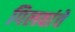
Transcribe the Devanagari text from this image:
पिलवांचे